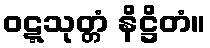
ဝဋ္ဋသုတ္တံ နိဋ္ဌိတံ။